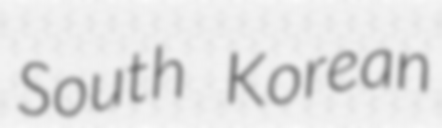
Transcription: South Korean